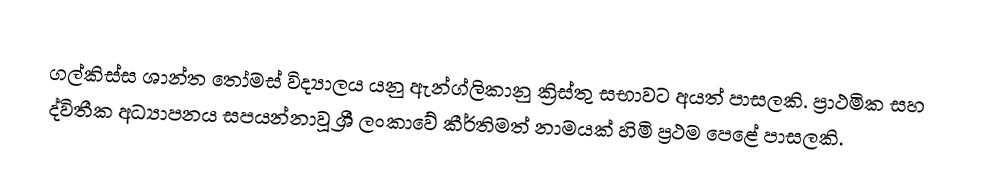
ගල්කිස්ස ශාන්ත තෝමස් විද්‍යාලය යනු ඇන්ග්ලිකානු ක්‍රිස්තු සභාවට අයත් පාසලකි. ප්‍රාථමික සහ ද්විතීක අධ්‍යාපනය සපයන්නාවූ ශ්‍රී ලංකාවේ කීර්තිමත් නාමයක් හිමි ප්‍රථම පෙළේ පාසලකි.